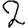
Digit: 2